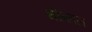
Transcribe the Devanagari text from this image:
भीमतल